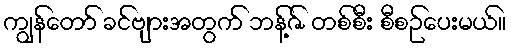
ကျွန်တော် ခင်ဗျားအတွက် ဘန့်ဇ် တစ်စီး စီစဉ်ပေးမယ်။